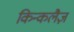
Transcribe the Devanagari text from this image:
किन्कलैज़